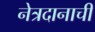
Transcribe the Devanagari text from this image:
नेत्रदानाची